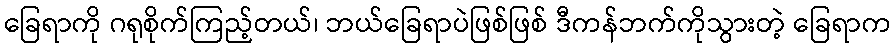
ခြေရာကို ဂရုစိုက်ကြည့်တယ်၊ ဘယ်ခြေရာပဲဖြစ်ဖြစ် ဒီကန်ဘက်ကိုသွားတဲ့ ခြေရာက